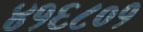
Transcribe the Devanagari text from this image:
४१६८०१